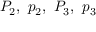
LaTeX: P _ { 2 } , \ p _ { 2 } , \ P _ { 3 } , \ p _ { 3 }